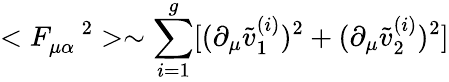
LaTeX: <F_{\mu\alpha}^{\quad 2}>\sim\sum_{i=1}^{g}[(\partial_{\mu}\tilde{v}_{1}^{(i)})^{2}+(\partial_{\mu}\tilde{v}_{2}^{(i)})^{2}]